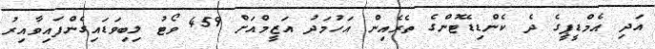
އަދި އެމްޑީޕީގެ ދެ ކެންޑިޑޭޓުންގެ ތެރެއިން އަހުމަދު އަޒީމްއަށް 459 ވޯޓު ލިބިވަޑައިގެންފައިވާއިރު